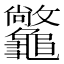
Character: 𪛆